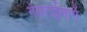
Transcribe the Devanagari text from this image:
गेवराईमार्गे